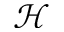
\mathcal { H }